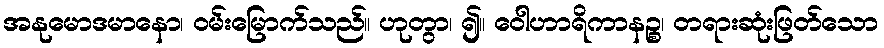
အနုမောဒမာနော၊ ဝမ်းမြောက်သည်။ ဟုတွာ၊ ၍။ ဝေါဟာရိကာနဉ္စ၊ တရားဆုံးဖြတ်သော